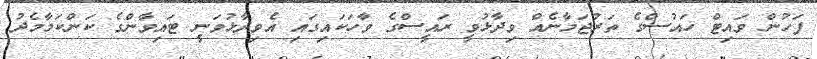
ފަހުން ވައިޓް ހައުސްގެ ތަރުޖަމާނެއް ވިދާޅުވީ ރައީސްގެ ވާހަކައިގައި އެވިދާޅުވަނީ ޓައިވާންގެ ކަންކަމާމެދު